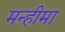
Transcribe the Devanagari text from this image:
मन्हीमा